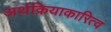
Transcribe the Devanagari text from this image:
अर्थक्रियाकारित्वं